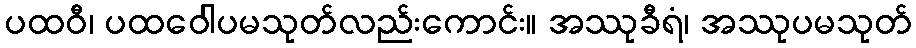
ပထဝီ၊ ပထဝေါပမသုတ်လည်းကောင်း။ အဿုခီရံ၊ အဿုပမသုတ်